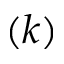
( k )